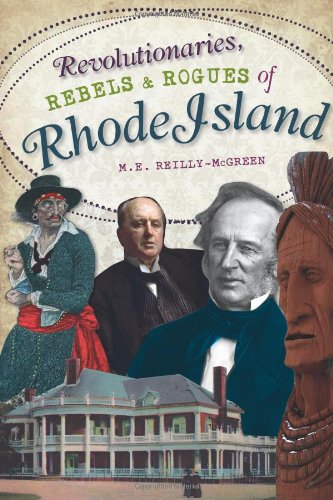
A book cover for Revolutionaries, Rebels and Rogues of Rhode Island (Wicked); M.E. Reilly-McGreen; Biographies & Memoirs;